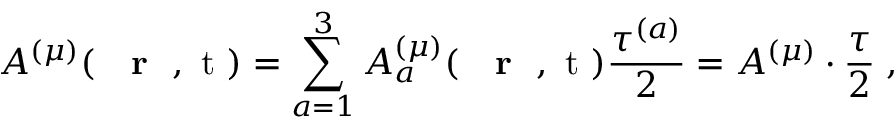
A ^ { ( \mu ) } ( \mathrm { ~ { ~ \bf ~ r ~ } ~ , ~ t ~ } ) = \sum _ { a = 1 } ^ { 3 } A _ { a } ^ { ( \mu ) } ( \mathrm { ~ { ~ \bf ~ r ~ } ~ , ~ t ~ } ) \frac { \tau ^ { ( a ) } } { 2 } = A ^ { ( \mu ) } \cdot \frac { \tau } { 2 } \; ,